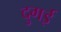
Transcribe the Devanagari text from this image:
दुगई